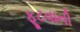
ફૂટવાની